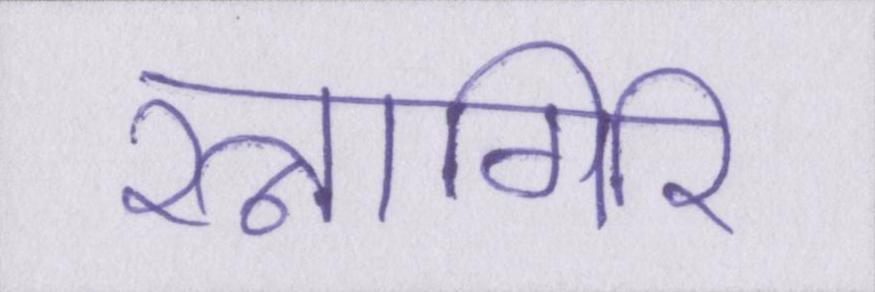
रत्नागिरि